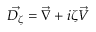
\vec { D _ { \zeta } } = \vec { \nabla } + i \zeta \vec { V }